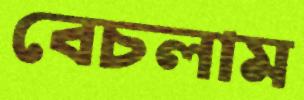
বেচলাম